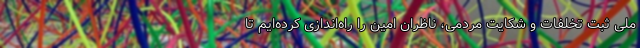
ملی ثبت تخلفات و شکایت مردمی، ناظران امین را راه‌اندازی کرده‌ایم تا